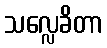
သလ္လေခိတာ